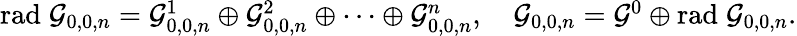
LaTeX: \begin{array}{r}{\mathrm{rad}\; \mathcal{G}_{0,0,n}=\mathcal{G}_{0,0,n}^{1}\oplus\mathcal{G}_{0,0,n}^{2}\oplus\cdots\oplus\mathcal{G}_{0,0,n}^{n},\quad\mathcal{G}_{0,0,n}=\mathcal{G}^{0}\oplus\mathrm{rad}\; \mathcal{G}_{0,0,n}.}\end{array}